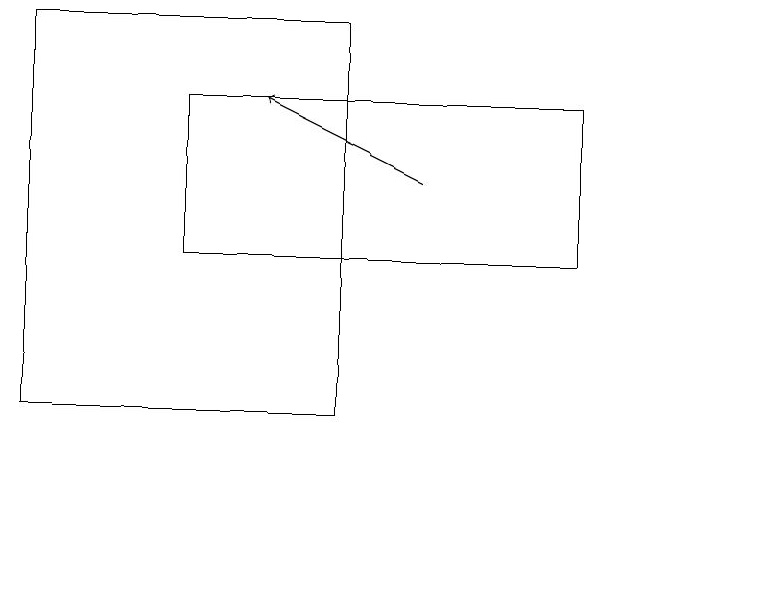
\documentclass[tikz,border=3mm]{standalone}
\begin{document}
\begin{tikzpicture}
\draw (11,10) circle (0);
\draw[->] (7,15) -- (5,16);
\draw (9,16) rectangle (4,14);
\draw (2,12) rectangle (6,17);
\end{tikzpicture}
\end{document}